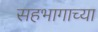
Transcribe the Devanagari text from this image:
सहभागाच्या